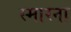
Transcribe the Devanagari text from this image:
स्मारना